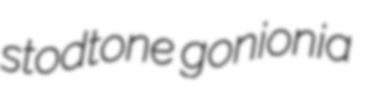
stodtone gonionia